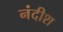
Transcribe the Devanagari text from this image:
नंदीश